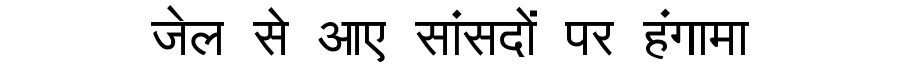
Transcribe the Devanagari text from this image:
जेल से आए सांसदों पर हंगामा